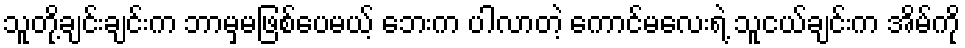
သူတို့ချင်းချင်းက ဘာမှမဖြစ်ပေမယ့် ဘေးက ပါလာတဲ့ ကောင်မလေးရဲ့ သူငယ်ချင်းက အိမ်ကို